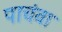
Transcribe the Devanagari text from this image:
पाचंवा